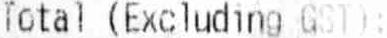
TOTAL (EXCLUDING GST):